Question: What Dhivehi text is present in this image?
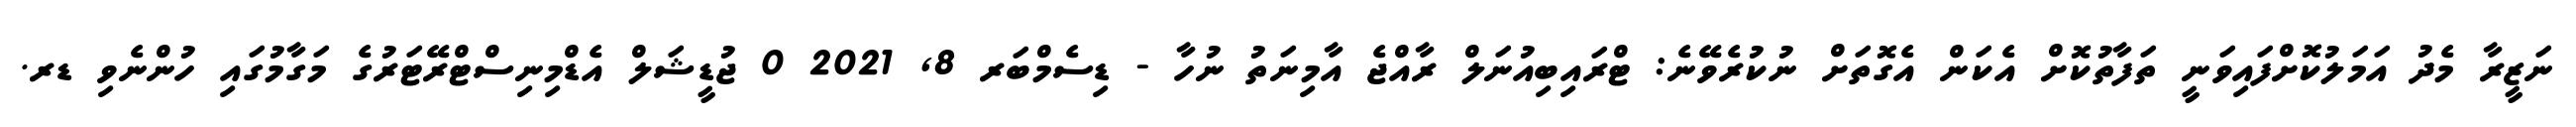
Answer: ނަޒީރާ މެދު އަމަލުކޮށްފައިވަނީ ތަފާތުކޮށް އެކަން އެގޮތަށް ނުކުރެވޭނެ: ޓްރައިބިއުނަލް ރާއްޖެ އާމިނަތު ނުހާ - ޑިސެމްބަރ 8, 2021 0 ޖުޑީޝަލް އެޑްމިނިސްޓްރޭޓަރުގެ މަގާމުގައި ހުންނެވި ޑރ.